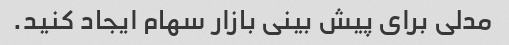
مدلی برای پیش بینی بازار سهام ایجاد کنید.